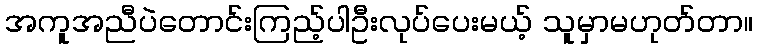
အကူအညီပဲတောင်းကြည့်ပါဦးလုပ်ပေးမယ့် သူမှာမဟုတ်တာ။